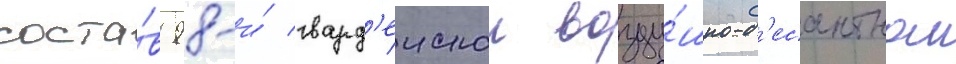
соста́в 98-и́ гвард'еискои возду́шно-д'есантнои